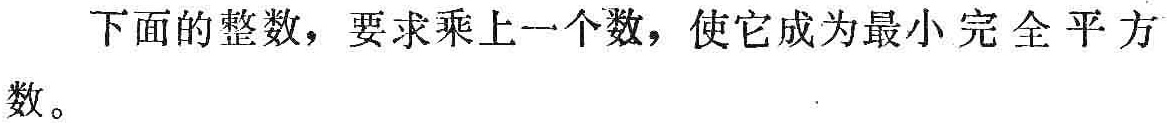
下面的整数，要求乘上一个数，使它成为最小完全平方数。